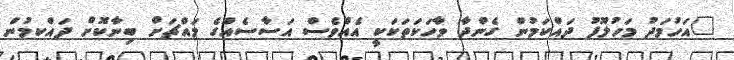
"އަހުމަދު މަހުލޫފު ދައްކަމުން ގެންދާ ވާހަކަތަކަކީ އެއްވެސް އަސާސެއްގެ މައްޗަށް ބިނާކޮށް ދައްކމުން